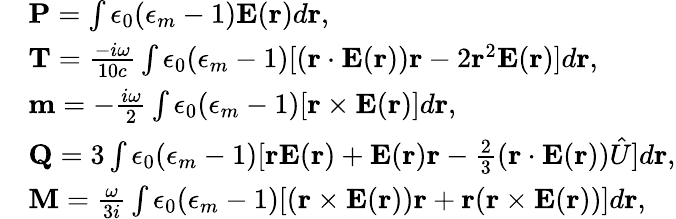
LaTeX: \begin{array}{rl}&{\textbf{P}=\int\epsilon_{0}(\epsilon_{m}-1)\textbf{E}(\textbf{r})d\textbf{r},}\\ &{{\textbf{T}=\frac{-i\omega}{10c}\int\epsilon_{0}(\epsilon_{m}-1)[(\textbf{r}\cdot\textbf{E}(\textbf{r}))\textbf{r}-2\textbf{r}^{2}\textbf{E}(\textbf{r})]d\textbf{r}},}\\ &{\textbf{m}=-\frac{i\omega}{2}\int\epsilon_{0}(\epsilon_{m}-1)[\textbf{r}\times\textbf{E}(\textbf{r})]d\textbf{r},}\\ &{\textbf{Q}=3\int\epsilon_{0}(\epsilon_{m}-1)[\textbf{r}\textbf{E}(\textbf{r})+\textbf{E}(\textbf{r})\textbf{r}-\frac{2}{3}(\textbf{r}\cdot\textbf{E}(\textbf{r}))\hat{U}]d\textbf{r},}\\ &{\textbf{M}=\frac{\omega}{3i}\int\epsilon_{0}(\epsilon_{m}-1)[(\textbf{r}\times\textbf{E}(\textbf{r}))\textbf{r}+\textbf{r}(\textbf{r}\times\textbf{E}(\textbf{r}))]d\textbf{r},}\end{array}